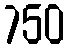
750